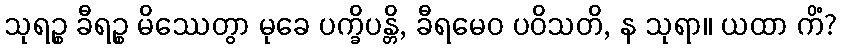
သုရဉ္စ ခီရဉ္စ မိဿေတွာ မုခေ ပက္ခိပန္တိ, ခီရမေဝ ပဝိသတိ, န သုရာ။ ယထာ ကိံ?